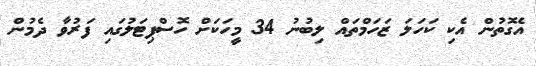
އެގޮތުން އެކި ކަހަލަ ޒަހަމްތައް ލިބުނު 34 މީހަކަށް ހޮސްޕިޓަލުގައި ފަރުވާ ދެމުން